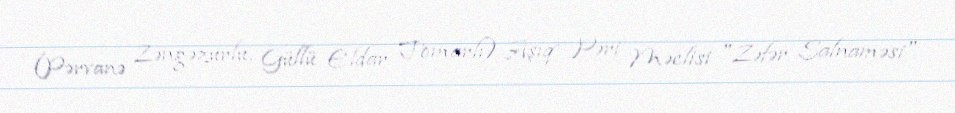
(Pərvanə Zəngəzurlu, Güllü Eldar Tomarlı) Aşıq Pəri Məclisi "Zəfər Salnaməsi"